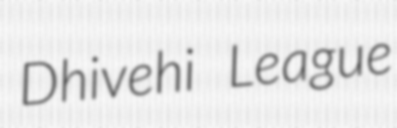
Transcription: Dhivehi League